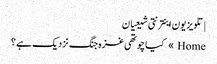
| تلویزیون اینترنتی شیعیان
Home » کیا چوتھی غزہ جنگ نزدیک ہے ؟